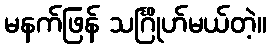
မနက်ဖြန် သင်္ဂြိုဟ်မယ်တဲ့။